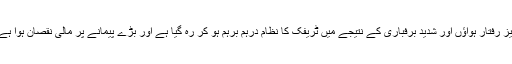
تیز رفتار ہواؤں اور شدید برفباری کے نتیجے میں ٹریفک کا نظام درہم برہم ہو کر رہ گیا ہے اور بڑے پیمانے پر مالی نقصان ہوا ہے۔